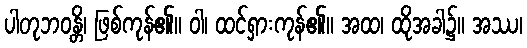
ပါတုဘဝန္တိ၊ ဖြစ်ကုန်၏။ ဝါ၊ ထင်ရှားကုန်၏။ အထ၊ ထိုအခါ၌။ အဿ၊